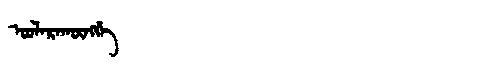
Manchu: ᠣᠣᠯᠠᡵᠠᡴᡡᠩᡤᡝ
Romanization: OOLARAKŪNGGE